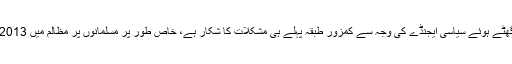
اُن کا کہنا تھا کہ بھارت میں گھٹے ہوئے سیاسی ایجنڈے کی وجہ سے کمزور طبقہ پہلے ہی مشکلات کا شکار ہے، خاص طور پر مسلمانوں پر مظالم میں 2013 کے بعد بے تحاشہ اضافہ ہوا۔